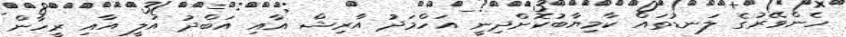
ހެންވޭރުގެ ލަނޑުތައް ކާމިޔާބުކޮށްދިނީ އަހްމަދު އާރިޝް އާއި އަބްދު އަލީ އާއި ރީހާން